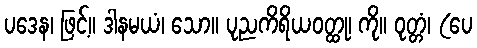
ပဒေန၊ ဖြင့်။ ဒါနမယံ၊ သော။ ပုညကိရိယဝတ္ထု၊ ကို။ ဝုတ္တံ၊ (ပေ